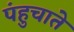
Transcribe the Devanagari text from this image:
पंहुचाते